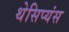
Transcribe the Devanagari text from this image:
थेसिप्यंस